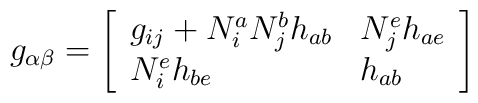
g_{\alpha \beta }=\left[\begin{array}{ll}g_{ij}+N_i^aN_j^bh_{ab} & N_j^eh_{ae} \\N_i^eh_{be} & h_{ab}\end{array}\right]